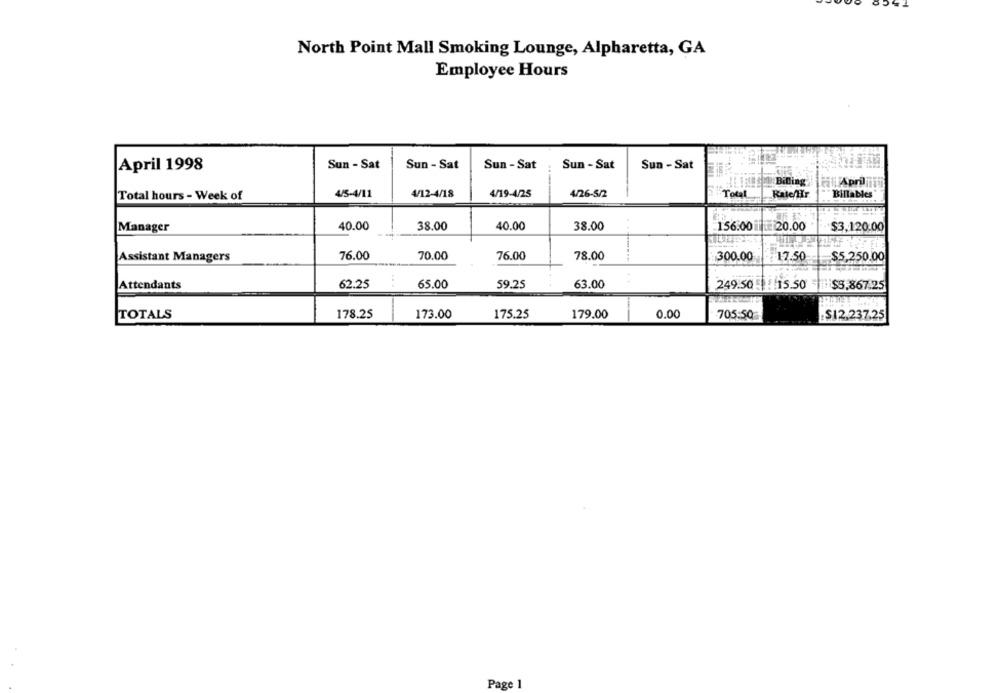
North Point Mall Smoking Lounge, Alpharetta, GA
Employee Hours
April 1998
Sun - Sat
Sun - Sat
Sun - Sat
Sun - Sat
Sun - Sat
Billing
April
4/5-4/11
4/12-4/18
4/19-4/25
4/26-5/2
Total
Rate/Hr
Total hours - Week of
Billables
Manager
40.00
38.00
40.00
38.00
156.00
20.00
$3.120.00
Assistant Managers
76.00
70.00
76.00
78.00
300.00
17.50
$5,250.00
Attendants
62.25
65.00
59.25
63.00
249.50
15.50 $5.867.25
TOTALS
178.25
173.00
175.25
179.00
0.00
705:50
$12.237.25
Page 1